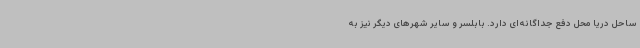
ساحل دریا محل دفع جداگانه‌ای دارد. بابلسر و سایر شهرهای دیگر نیز به